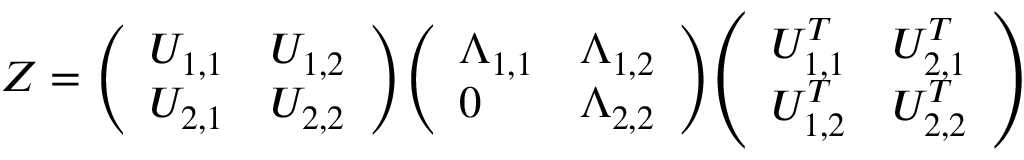
Z = { \left( \begin{array} { l l } { U _ { 1 , 1 } } & { U _ { 1 , 2 } } \\ { U _ { 2 , 1 } } & { U _ { 2 , 2 } } \end{array} \right) } { \left( \begin{array} { l l } { \Lambda _ { 1 , 1 } } & { \Lambda _ { 1 , 2 } } \\ { 0 } & { \Lambda _ { 2 , 2 } } \end{array} \right) } { \left( \begin{array} { l l } { U _ { 1 , 1 } ^ { T } } & { U _ { 2 , 1 } ^ { T } } \\ { U _ { 1 , 2 } ^ { T } } & { U _ { 2 , 2 } ^ { T } } \end{array} \right) }